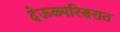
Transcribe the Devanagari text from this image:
देऊळ्परिसरात